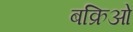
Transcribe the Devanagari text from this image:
बक्रिओं